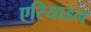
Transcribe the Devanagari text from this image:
एरियाडन